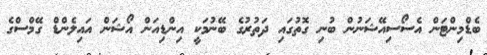
ބެޑްމިންޓަން އެސޯސިއޭޝަނުން ބުނި ގޮތުގައި ދަތުރުގެ ބޭނުމަކީ އިންޑިއަން އޯޝަން އައިލެންޑް ގޭމްސްގެ